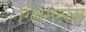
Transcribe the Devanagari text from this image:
ग्लिम्प्सेस